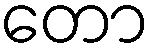
တော